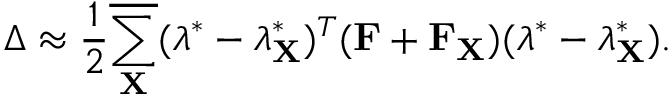
\Delta \approx \frac { 1 } { 2 } \overline { { \sum _ { \mathbf { X } } } } ( \boldsymbol { \lambda } ^ { * } - \boldsymbol { \lambda } _ { \mathbf { X } } ^ { * } ) ^ { T } ( \mathbf { F } + \mathbf { F } _ { \mathbf { X } } ) ( \boldsymbol { \lambda } ^ { * } - \boldsymbol { \lambda } _ { \mathbf { X } } ^ { * } ) .